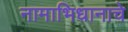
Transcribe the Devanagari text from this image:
नामाभिधानाचे